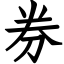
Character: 券